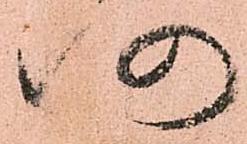
仍